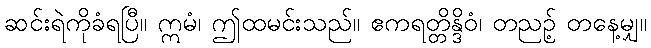
ဆင်းရဲကိုခံရပြီ။ ဣမံ၊ ဤထမင်းသည်။ ဧကရတ္တိန္ဒိဝံ၊ တညဉ့် တနေ့မျှ။